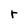
Character: r